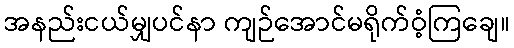
အနည်းငယ်မျှပင်နာ ကျဉ်အောင်မရိုက်ဝံ့ကြချေ။